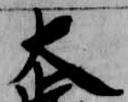
大